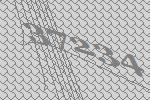
37234